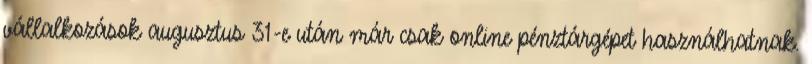
vállalkozások augusztus 31-e után már csak online pénztárgépet használhatnak.